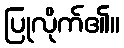
ပြုလိုက်၏။